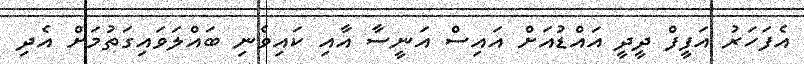
އެފަހަރު އަފީފް ދީދީ އައްޑުއަށް އައިސް އަނީސާ އާއި ކައިވެނި ބައްލަވައިގަތުމަށް އެދި